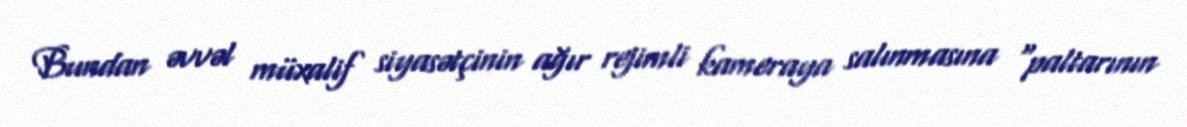
Bundan əvvəl müxalif siyasətçinin ağır rejimli kameraya salınmasına “paltarının